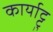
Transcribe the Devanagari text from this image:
कार्याट्टु